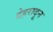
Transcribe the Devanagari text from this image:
देह्ररादून